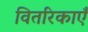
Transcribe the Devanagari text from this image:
वितरिकाएँ